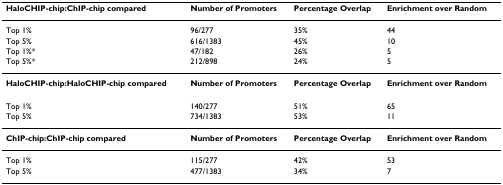
| HaloCHIP-chip:ChIP-chip compared | Number of Promoters | Percentage Overlap | Enrichment over Random |
 | --- | --- | --- | --- |
 | Top 1% | 96/277 | 35% | 44 |
 | Top 5% | 616/1383 | 45% | 10 |
 | Top 1%* | 47/182 | 26% | 5 |
 | Top 5%* | 212/898 | 24% | 5 |
 | HaloCHIP-chip:HaloCHIP-chip compared | Number of Promoters | Percentage Overlap | Enrichment over Random |
 | Top 1% | 140/277 | 51% | 65 |
 | Top 5% | 734/1383 | 53% | 11 |
 | ChIP-chip:ChIP-chip compared | Number of Promoters | Percentage Overlap | Enrichment over Random |
 | Top 1% | 115/277 | 42% | 53 |
 | Top 5% | 477/1383 | 34% | 7 |